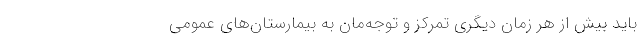
باید بیش از هر زمان دیگری تمرکز و توجه‌مان به بیمارستان‌های عمومی